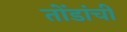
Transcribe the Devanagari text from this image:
तोंडांची